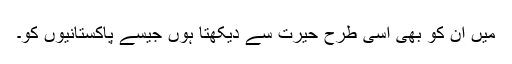
میں ان کو بھی اسی طرح حیرت سے دیکھتا ہوں جیسے پاکستانیوں کو۔